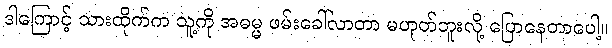
ဒါကြောင့် သားထိုက်က သူ့ကို အဓမ္မ ဖမ်းခေါ်လာတာ မဟုတ်ဘူးလို့ ပြောနေတာပေါ့။